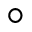
^ \circ